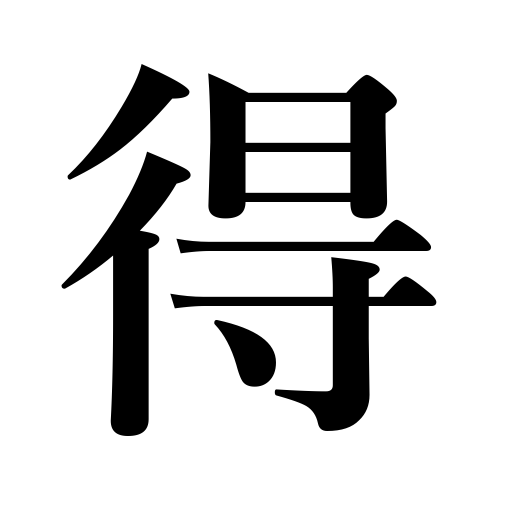
Meanings: profit,be able to,gain,may,commit sin,advantage,can,acquire,benefit,win,receive,find,earn,get